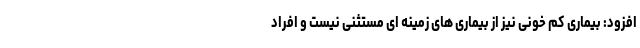
افزود: بیماری کم خونی نیز از بیماری های زمینه ای مستثنی نیست و افراد